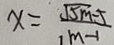
x = \frac { \sqrt { 5 m - 1 } } { 1 m - 1 }